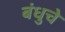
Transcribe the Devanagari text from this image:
बंधुचे